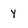
Character: Y